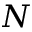
N